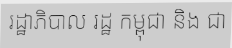
រដ្ឋាភិបាល រដ្ឋ កម្ពុជា និង ជា